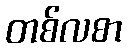
တစ်လစာ